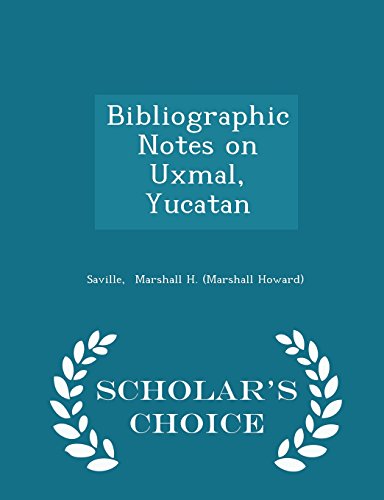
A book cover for Bibliographic Notes on Uxmal, Yucatan - Scholar's Choice Edition; Saville Marshall H. (Marshall Howard); Travel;